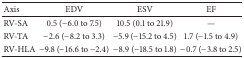
<table><thead><tr><td><b>Axis</b></td><td><b>EDV</b></td><td><b>ESV</b></td><td><b>EF</b></td></tr></thead><tbody><tr><td>RV-SA</td><td>0.5 (−6.0 to 7.5)</td><td>10.5 (0.1 to 21.9)</td><td>—</td></tr><tr><td>RV-TA</td><td>−2.6 (−8.2 to 3.3)</td><td>−5.9 (−15.2 to 4.5)</td><td>1.7 (−1.5 to 4.9)</td></tr><tr><td>RV-HLA</td><td>−9.8 (−16.6 to −2.4)</td><td>−8.9 (−18.5 to 1.8)</td><td>−0.7 (−3.8 to 2.5)</td></tr></tbody></table>